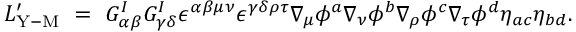
{ \cal L } _ { \mathrm { Y - M } } ^ { \prime } ~ = ~ G _ { \alpha \beta } ^ { I } G _ { \gamma \delta } ^ { I } \epsilon ^ { \alpha \beta \mu \nu } \epsilon ^ { \gamma \delta \rho \tau } \nabla _ { \mu } \phi ^ { a } \nabla _ { \nu } \phi ^ { b } \nabla _ { \rho } \phi ^ { c } \nabla _ { \tau } \phi ^ { d } \eta _ { a c } \eta _ { b d } .